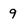
Character: 9